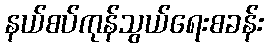
နယ်စပ်ကုန်သွယ်ရေးစခန်း